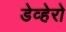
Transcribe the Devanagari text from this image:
डेव्हेरो